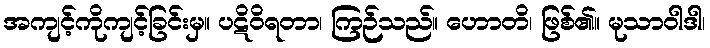
အကျင့်ကိုကျင့်ခြင်းမှ။ ပဋိဝိရတာ၊ ကြဉ်သည်။ ဟောတိ၊ ဖြစ်၏။ မုသာဝါဒါ၊